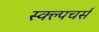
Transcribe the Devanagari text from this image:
स्क्ल्पचर्स